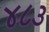
૪૮૩